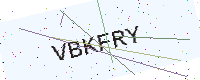
Text: VBKFRY